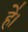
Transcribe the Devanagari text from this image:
हे॑।